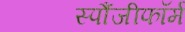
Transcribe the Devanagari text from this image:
स्पौंजीफॉर्म